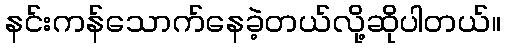
နင်းကန်သောက်နေခဲ့တယ်လို့ဆိုပါတယ်။